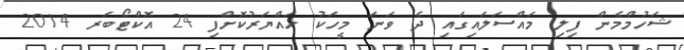
ޝަހުމްމެން ފިލި މައްސަލައިގައި ދެ ވަނަ މީހަކު ހައްޔަރުކޮށްފި 24 އޮކްޓޯބަރ 2014